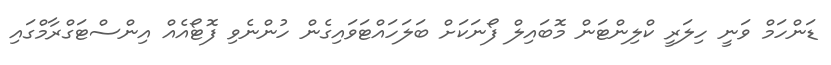
ޑަންހަމް ވަނީ ހިލަރީ ކްލިންޓަން މޮބައިލް ފޯނަކަށް ބަލަަހައްޓަވައިގެން ހުންނެވި ފޮޓޯއެއް އިންސްޓަގްރާމްގައި